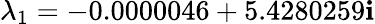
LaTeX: \lambda_{1}=-0.0000046+5.4280259\mathbf{i}